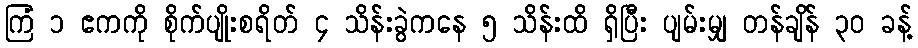
ကြံ ၁ ဧကကို စိုက်ပျိုးစရိတ် ၄ သိန်းခွဲကနေ ၅ သိန်းထိ ရှိပြီး ပျမ်းမျှ တန်ချိန် ၃၀ ခန့်